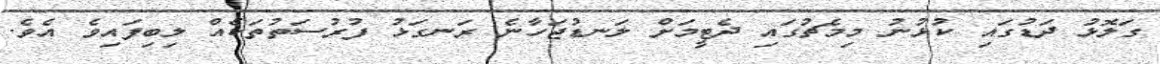
ގަލޮޅު ދަޑުގައި ކުޅުނު މިމެޗުގައި ދެޓީމަށް ލަނޑުޖަހާނެ ރަނގަޅު ފުރުސަތުތަކެއް ލިބިފައިވެ އެވެ.